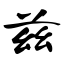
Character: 兹